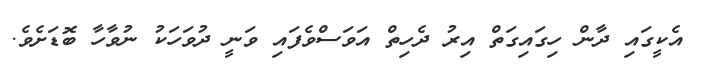
އެކީގައި ދާން ހިގައިގަތް އިރު ދެހިތް އަވަސްވެފައި ވަނީ ދުވަހަކު ނުވާހާ ބޮޑަށެވެ.